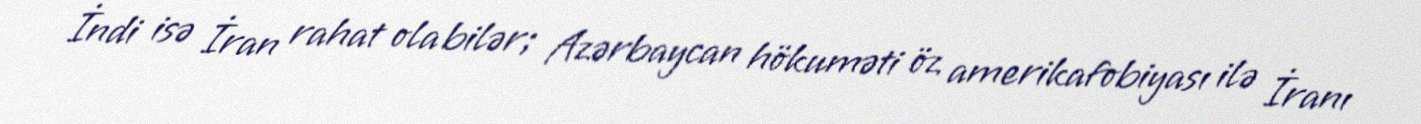
İndi isə İran rahat ola bilər; Azərbaycan hökuməti öz amerikafobiyası ilə İranı